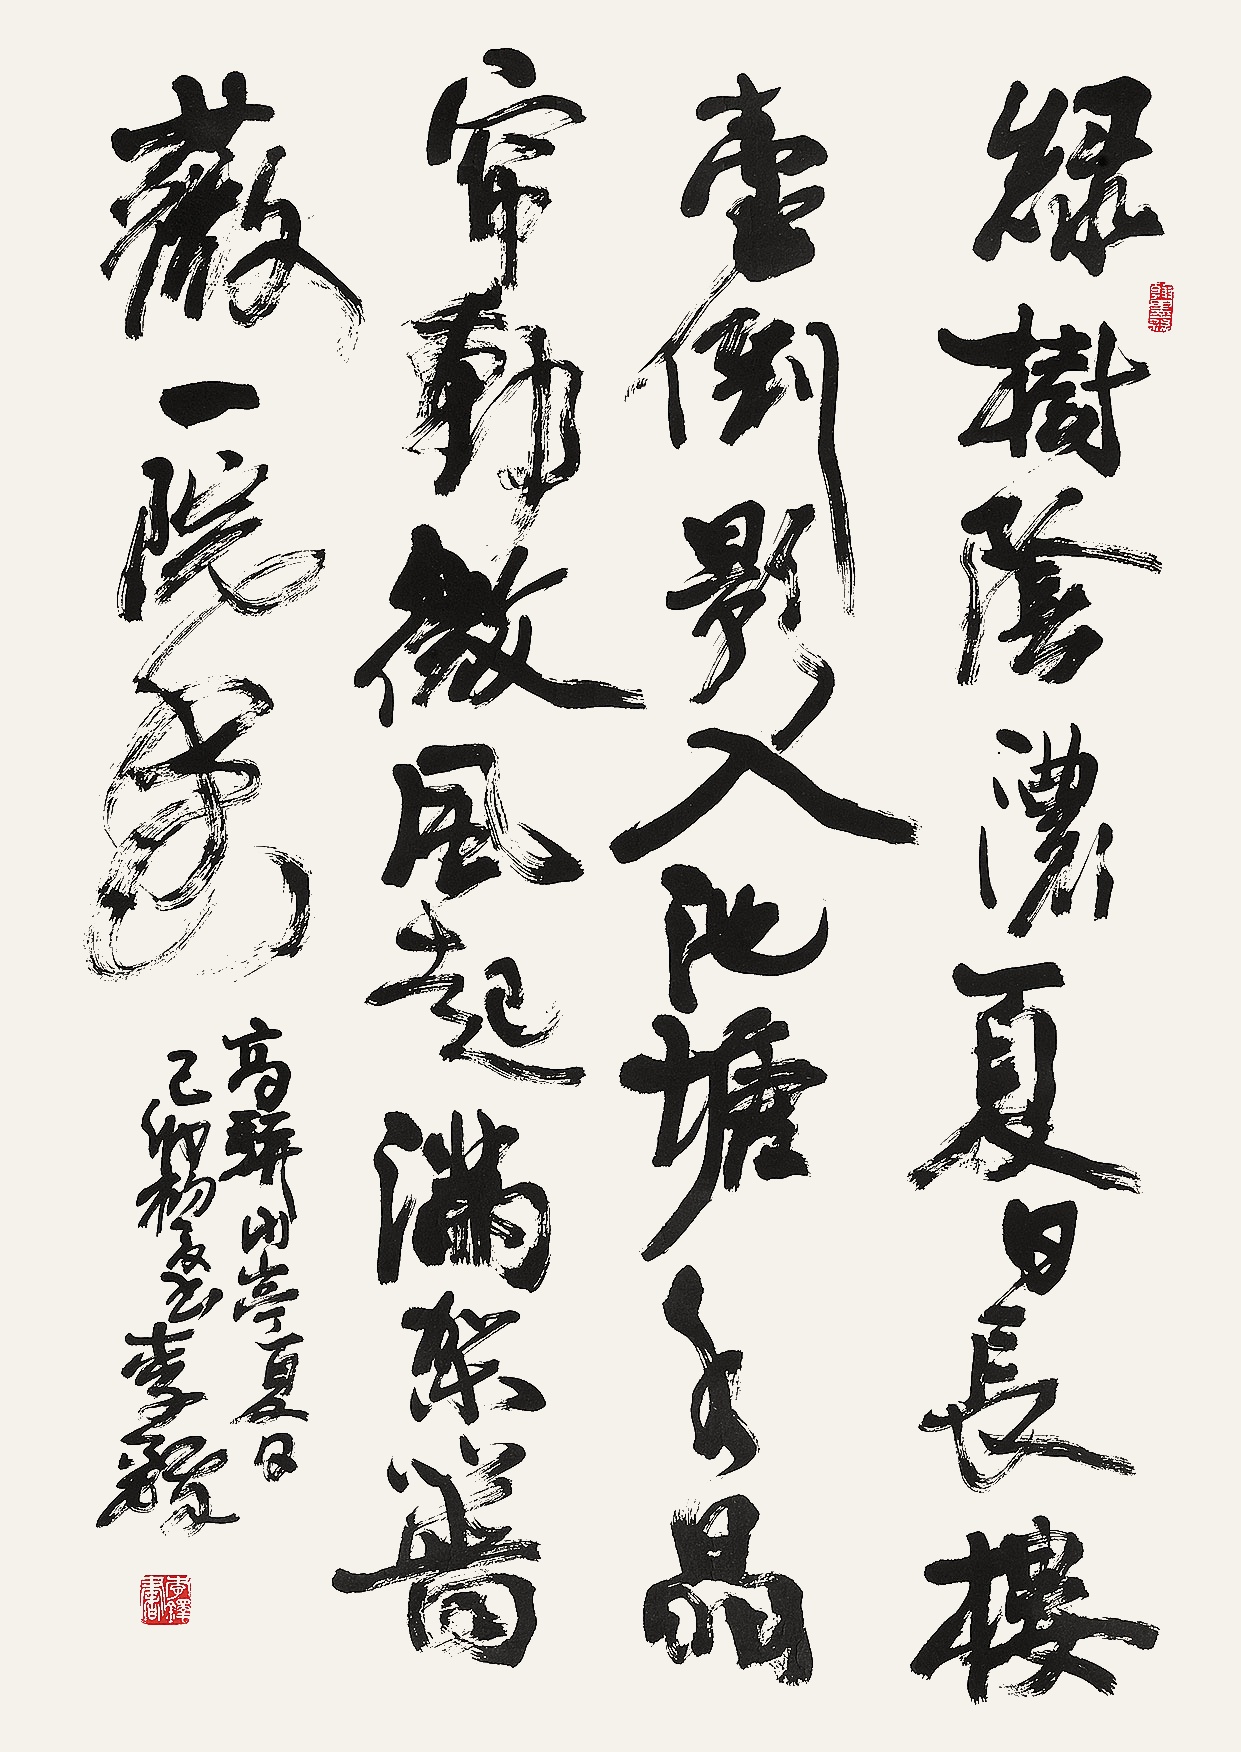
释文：绿树阴浓夏日长，楼台倒影入池塘。水晶帘动微风起，满架蔷薇一院香。己卯初夏书，李铎。